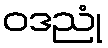
ဝဒညုံ